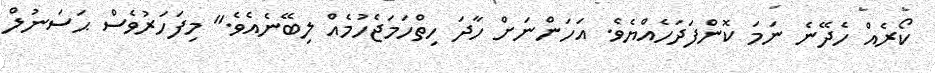
ކޯރެއް ހެދޭނެ ނަމަ ކޮންފަދަހެއްޔެވެ. އަހަންނަށް ހާދަ ހިތްހަމަޖެހުމެއް ލިބޭނެއެވެ." މިފަހަރުވެސް ޙަސަނުލް